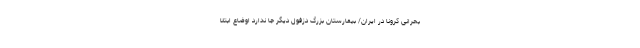
بحرانی کرونا در ایران/ بیمارستان بزرگ دزفول دیگر جا ندارد اوضاع ابتلا